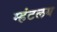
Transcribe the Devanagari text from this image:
म्हंटलय